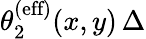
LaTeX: \theta_{2}^{\textrm{(eff)}}(x,y)\, \Delta